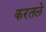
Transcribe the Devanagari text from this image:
करतले